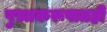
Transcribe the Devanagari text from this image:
पुस्तकरूपातही